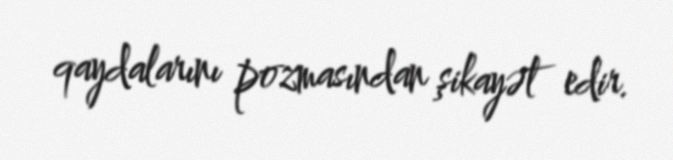
qaydalarını pozmasından şikayət edir.